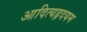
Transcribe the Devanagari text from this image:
आदित्यहृदयम